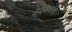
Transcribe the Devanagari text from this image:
सुरक्षिततेबद्दल